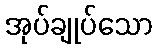
အုပ်ချုပ်သော